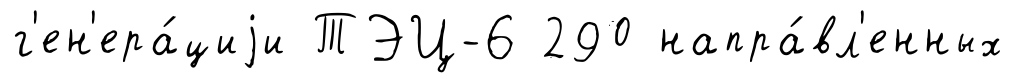
г'ен'ера́циjи ТЭЦ-6 290 напра́вл'енных